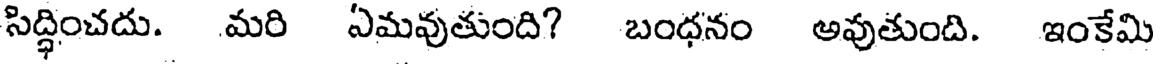
సిద్ధించదు. మరి ఏమవుతుంది? బంధనం అవుతుంది. ఇంకేమి